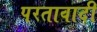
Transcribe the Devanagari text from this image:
परतावादी